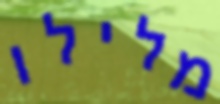
מלילו